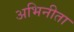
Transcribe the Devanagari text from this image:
अभिनीता